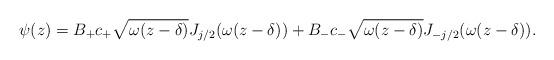
LaTeX: \begin{align*}\psi(z) = B_+ c_+\sqrt{\omega (z-\delta)} J_{j/2} (\omega (z-\delta)) + B_- c_-\sqrt{\omega (z-\delta)} J_{-j/2}(\omega (z-\delta)).\end{align*}